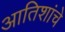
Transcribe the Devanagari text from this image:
आतिशांचे